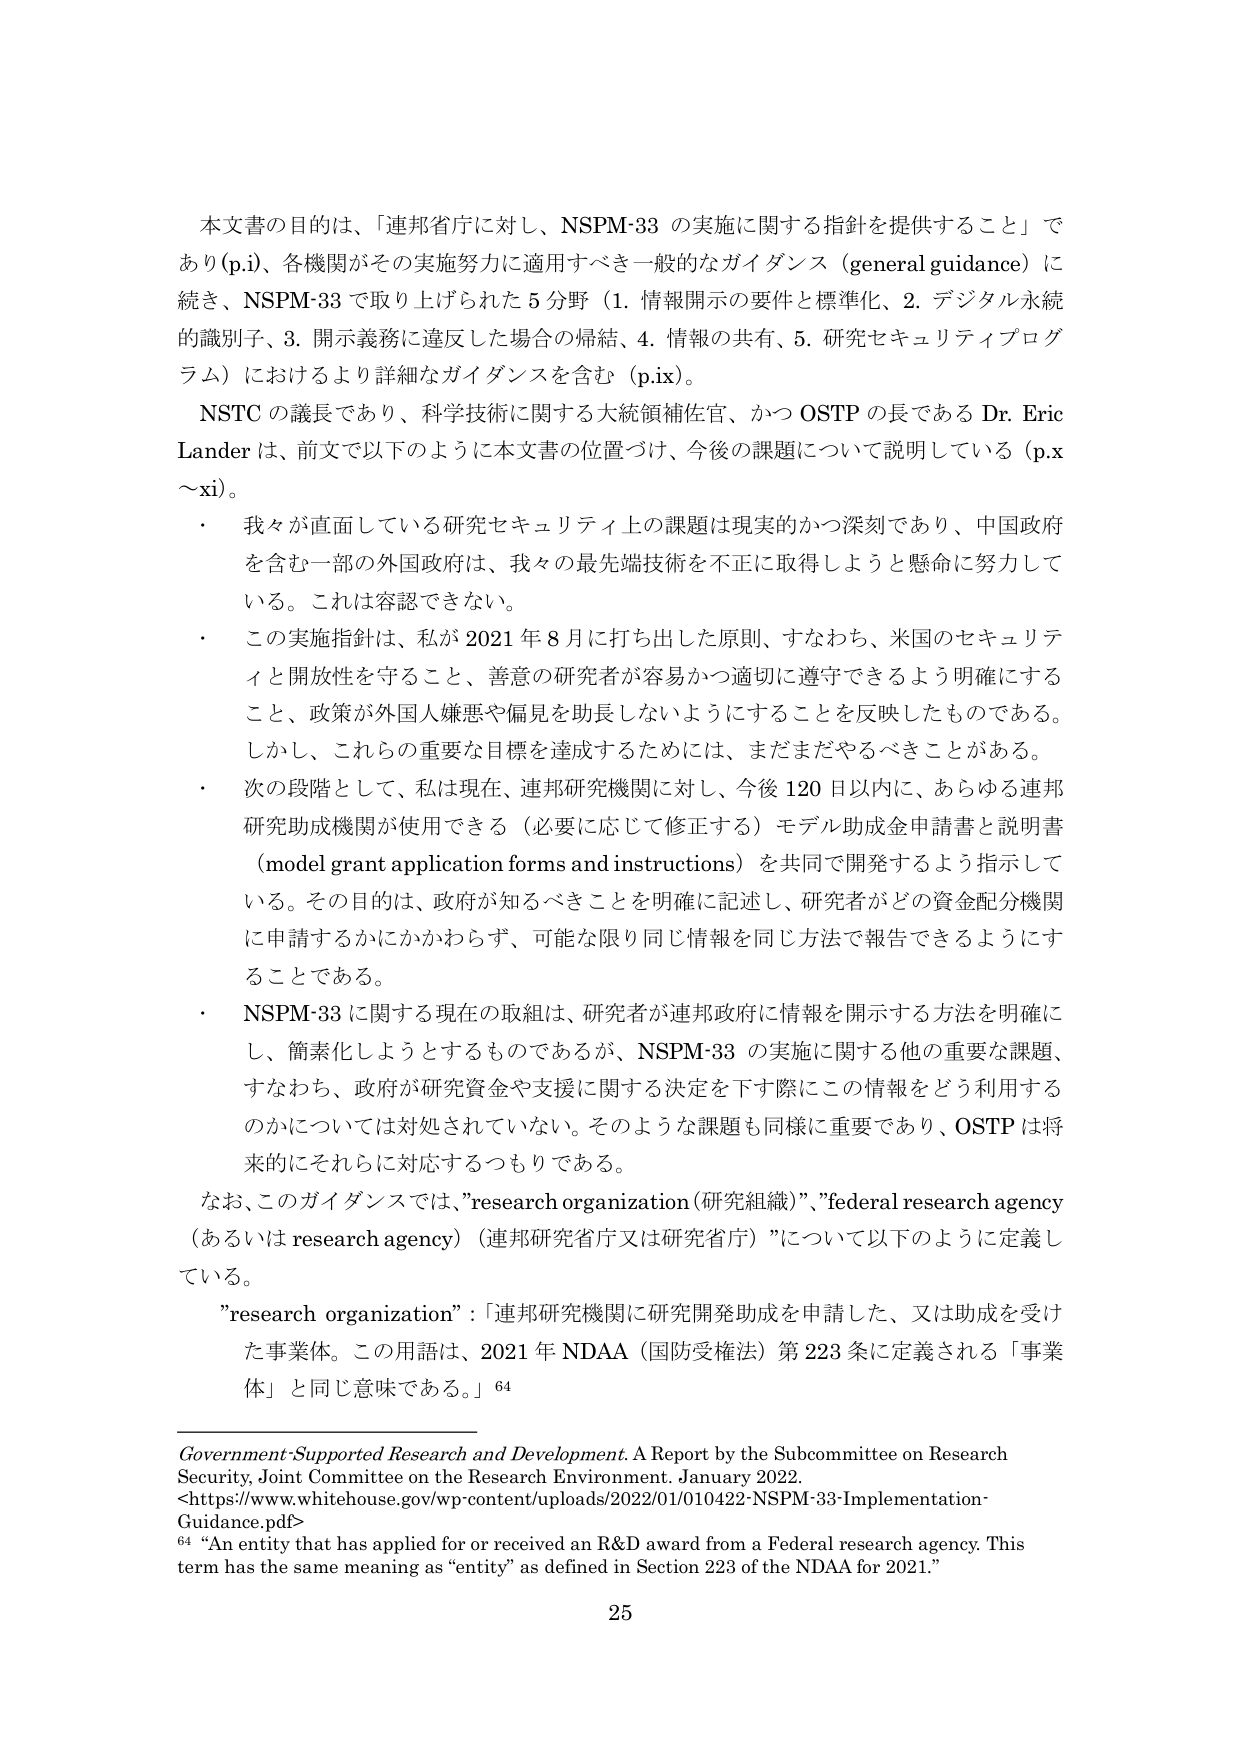
本文書の目的は、「連邦省庁に対し、NSPM-33 の実施に関する指針を提供すること」であり(p.i)、各機関がその実施努力に適用すべき一般的なガイダンス（general guidance）に続き、NSPM-33 で取り上げられた 5 分野（1. 情報開示の要件と標準化、2. デジタル永続的識別子、3. 開示義務に違反した場合の帰結、4. 情報の共有、5. 研究セキュリティプログラム）におけるより詳細なガイダンスを含む（p.ix）。

NSTC の議長であり、科学技術に関する大統領補佐官、かつ OSTP の長である Dr. Eric Lander は、前文で以下のように本文書の位置づけ、今後の課題について説明している（p.x～xi）。

・ 我々が直面している研究セキュリティ上の課題は現実的かつ深刻であり、中国政府を含む一部の外国政府は、我々の最先端技術を不正に取得しようと懸命に努力している。これは容認できない。

・ この実施指針は、私が 2021 年 8 月に打ち出した原則、すなわち、米国のセキュリティと開放性を守ること、善意の研究者が容易かつ適切に遵守できるよう明確にすること、政策が外国人嫌悪や偏見を助長しないようにすることを反映したものである。しかし、これらの重要な目標を達成するためには、まだまだやるべきことがある。

・ 次の段階として、私は現在、連邦研究機関に対し、今後 120 日以内に、あらゆる連邦研究助成機関が使用できる（必要に応じて修正する）モデル助成金申請書と説明書（model grant application forms and instructions）を共同で開発するよう指示している。その目的は、政府が知るべきことを明確に記述し、研究者がどの資金配分機関に申請するかにかかわらず、可能な限り同じ情報を同じ方法で報告できるようにすることである。

・ NSPM-33 に関する現在の取組は、研究者が連邦政府に情報を開示する方法を明確にし、簡素化しようとするものであるが、NSPM-33 の実施に関する他の重要な課題、すなわち、政府が研究資金や支援に関する決定を下す際にこの情報をどう利用するのかについては対処されていない。そのような課題も同様に重要であり、OSTP は将来的にそれらに対応するつもりである。

なお、このガイダンスでは、”research organization（研究組織）”、”federal research agency（あるいは research agency）（連邦研究省庁又は研究省庁）”について以下のように定義している。

”research organization”：「連邦研究機関に研究開発助成を申請した、又は助成を受けた事業体。この用語は、2021 年 NDAA（国防受権法）第 223 条に定義される「事業体」と同じ意味である。」64

Government-Supported Research and Development. A Report by the Subcommittee on Research Security, Joint Committee on the Research Environment. January 2022.
<https://www.whitehouse.gov/wp-content/uploads/2022/01/010422-NSPM-33-Implementation-Guidance.pdf>
64 “An entity that has applied for or received an R&D award from a Federal research agency. This term has the same meaning as “entity” as defined in Section 223 of the NDAA for 2021.”

25